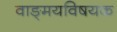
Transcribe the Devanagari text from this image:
वाङ्‌मयविषयक